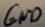
Text: GND